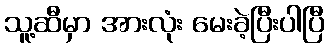
သူ့ဆီမှာ အားလုံး မေးခဲ့ပြီးပါပြီ